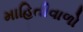
માહિતીવાળો